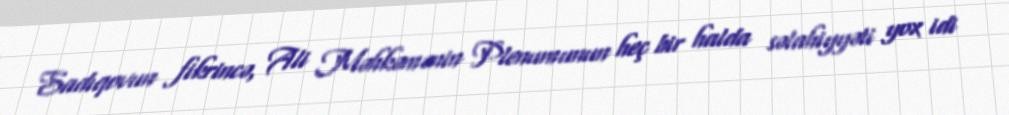
Sadıqovun fikrincə, Ali Məhkəmənin Plenumunun heç bir halda səlahiyyəti yox idi